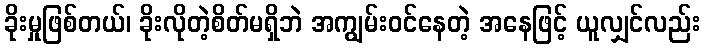
ခိုးမှုဖြစ်တယ်၊ ခိုးလိုတဲ့စိတ်မရှိဘဲ အကျွမ်းဝင်နေတဲ့ အနေဖြင့် ယူလျှင်လည်း